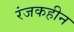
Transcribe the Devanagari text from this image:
रंजकहीन